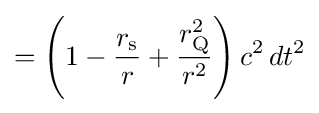
=\left(1-{\frac {r_{\text{s}}}{r}}+{\frac {r_{\rm {Q}}^{2}}{r^{2}}}\right)c^{2}\,dt^{2}